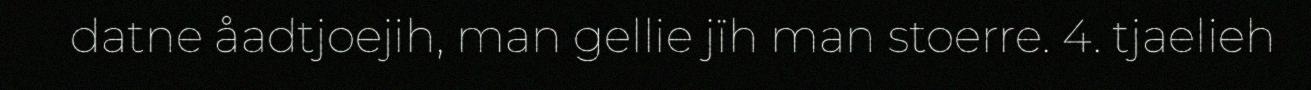
datne åadtjoejih, man gellie jïh man stoerre. 4. tjaelieh